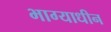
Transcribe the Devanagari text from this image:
भाग्याधीन